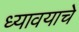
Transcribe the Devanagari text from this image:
ध्यावयाचे